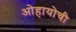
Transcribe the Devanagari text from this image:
ओहायोची